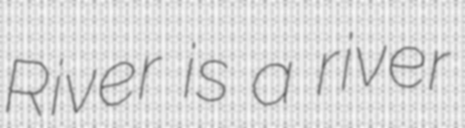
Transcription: River is a river